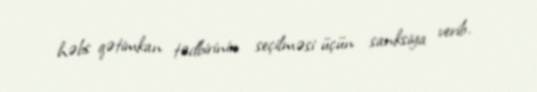
həbs qətimkan tədbirinin seçilməsi üçün sanksiya verib.